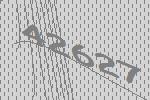
42627